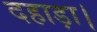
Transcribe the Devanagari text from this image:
दहाड़ा।